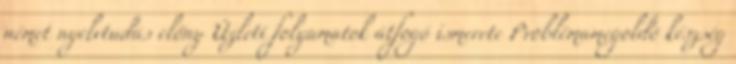
német nyelvtudás előny Üzleti folyamatok átfogó ismerete Problémamegoldó készség